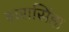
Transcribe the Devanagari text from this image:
बारासिंहा